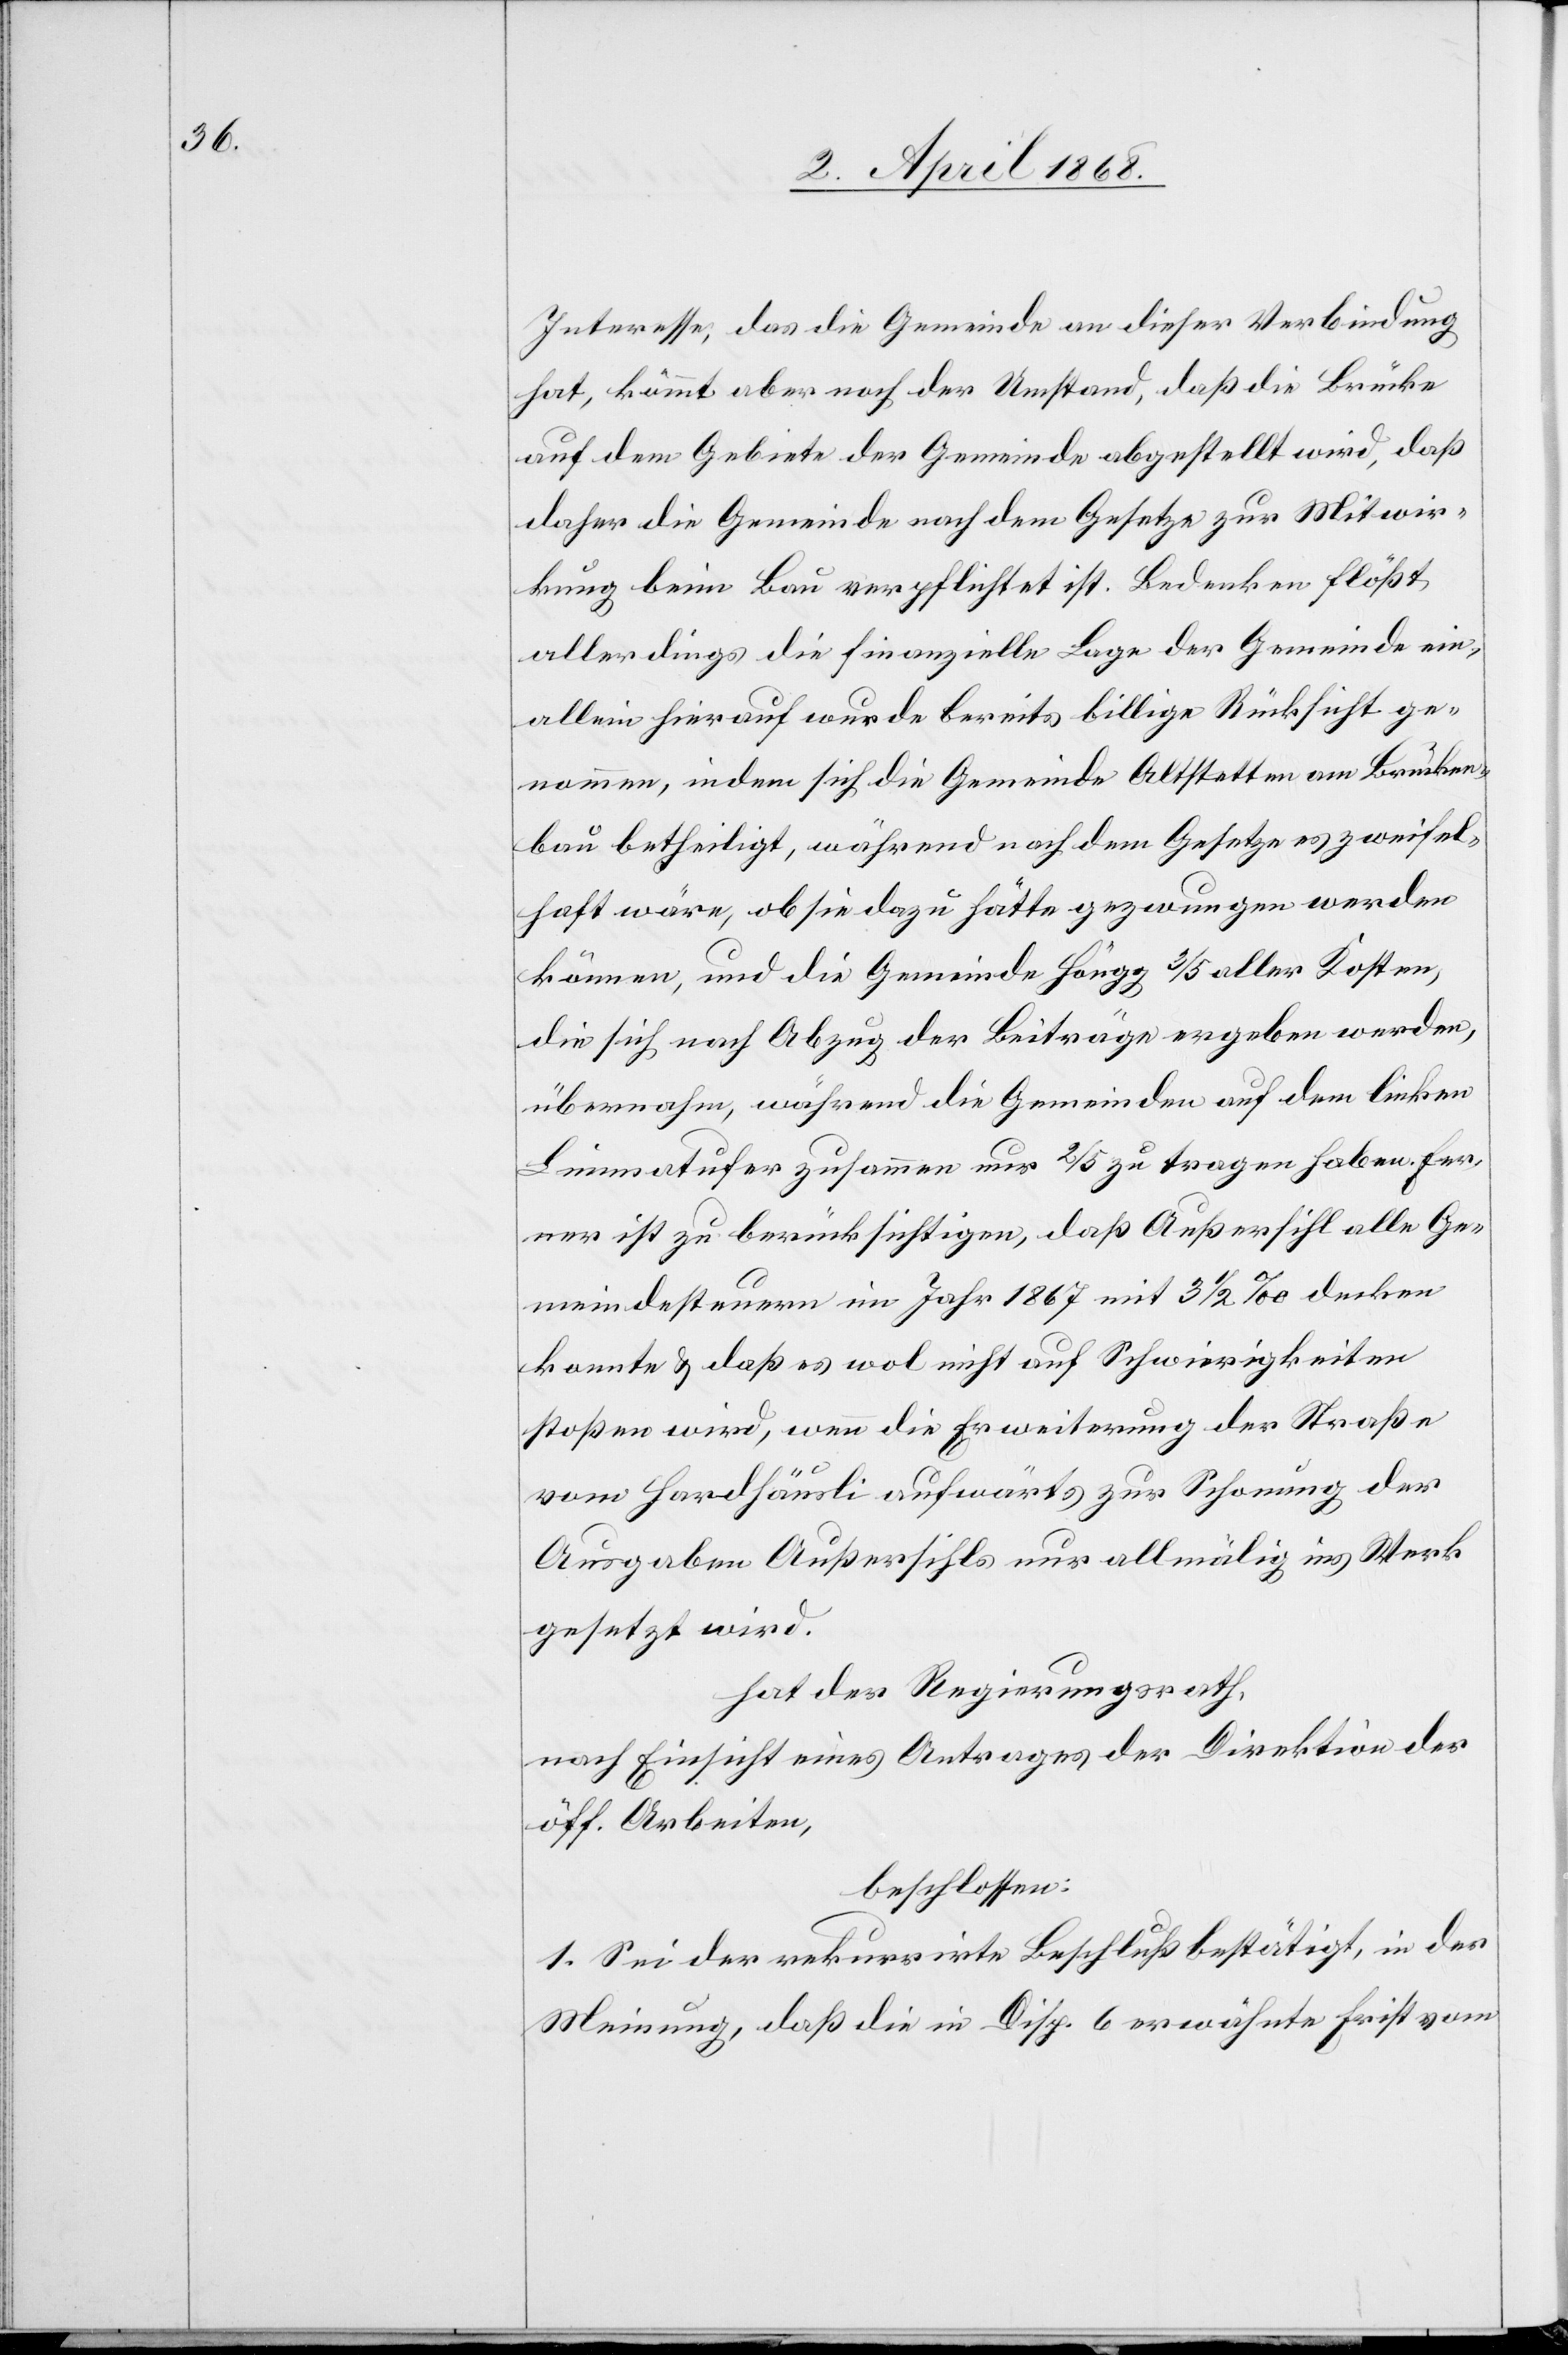
Interesse, das die Gemeinde an dieser Verbindung
hat, kömmt aber noch der Umstand, daß die Brücke
auf dem Gebiete der Gemeinde abgestellt wird, daß
daher die Gemeinde nach dem Gesetze zur Mitwir¬
kung beim Bau verpflichtet ist. Bedenken flößt
allerdings die finanzielle Lage der Gemeinde ein,
allein hierauf wurde bereits billige Rücksicht ge¬
nommen, indem sich die Gemeinde Altstetten am Brücken¬
bau betheiligt, während nach dem Gesetze es zweifel¬
haft wäre, ob sie dazu hätte gezwungen werden
können, und die Gemeinde Höngg 3/5 aller Kosten,
die sich nach Abzug der Beiträge ergeben werden,
übernahm, während die Gemeinden auf dem linken
Limmatufer zusammen nur 2/5 zu tragen haben. Fer¬
ner ist zu berücksichtigen, daß Außersihl alle Ge¬
meindesteuern im Jahr 1867 mit 3 1/2 ‰ decken
konnte & daß es wol nicht auf Schwierigkeiten
stoßen wird, wenn die Erweiterung der Straße
vom Hardhäusli aufwärts zur Schonung der
Ausgaben Außersihls nur allmälig ins Werk
gesetzt wird.
hat der Regierungsrath,
nach Einsicht eines Antrages der Direktion der
öff. Arbeiten,
beschlossen:
1. Sei der rekurrirte Beschluß bestätigt, in der
Meinung, daß die in Disp. 6 erwähnte Frist vom